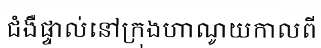
ជំងឺផ្ទាល់នៅក្រុងហាណូយកាលពី